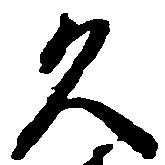
久